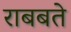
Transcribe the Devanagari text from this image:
राबबते